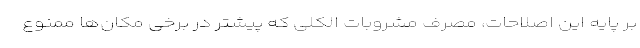
بر پایه این اصلاحات، مصرف مشروبات الکلی که پیشتر در برخی مکان‌ها ممنوع